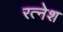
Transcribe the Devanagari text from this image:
रत्‍नेश